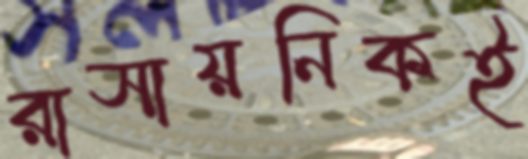
রাসায়নিকই